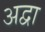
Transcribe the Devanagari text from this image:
अद्वा